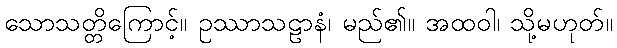
သောသတ္တိကြောင့်။ ဥဿာသဠာနံ၊ မည်၏။ အထဝါ၊ သို့မဟုတ်။